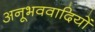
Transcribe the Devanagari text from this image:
अनूभववादियों